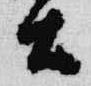
土